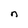
Character: n